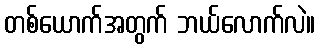
တစ်ယောက်အတွက် ဘယ်လောက်လဲ။